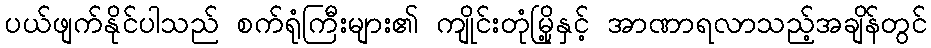
ပယ်ဖျက်နိုင်ပါသည် စက်ရုံကြီးများ၏ ကျိုင်းတုံမြို့နှင့် အာဏာရလာသည့်အချိန်တွင်